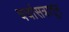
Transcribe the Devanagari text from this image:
चर्चासत्रातून